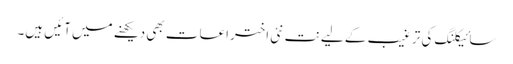
سائیکلنگ کی ترغیب کے لیے نت نئی اختراعات بھی دیکھنے میں آئیں ہیں۔